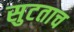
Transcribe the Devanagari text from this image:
सुटताच